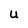
Character: U